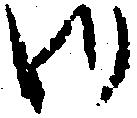
御